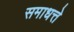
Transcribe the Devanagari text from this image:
समाधत्ते